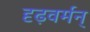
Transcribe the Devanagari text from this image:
दृढ़वर्मन्